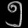
Digit: ၅